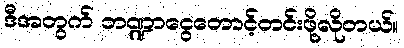
ဒီအတွက် ဘဏ္ဍာငွေတောင့်တင်းဖို့လိုတယ်။